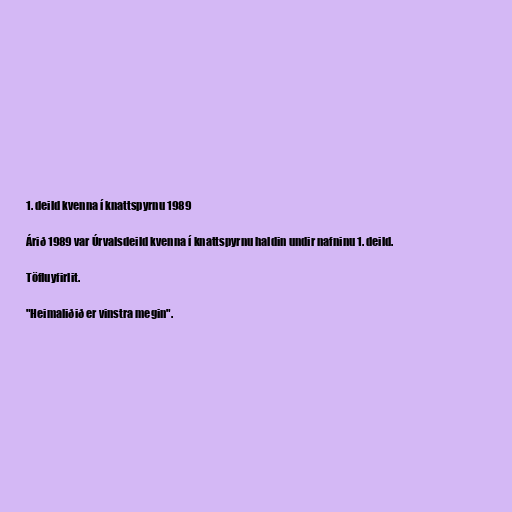
1. deild kvenna í knattspyrnu 1989

Árið 1989 var Úrvalsdeild kvenna í knattspyrnu haldin undir nafninu 1. deild.

Töfluyfirlit.

"Heimaliðið er vinstra megin".